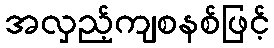
အလှည့်ကျစနစ်ဖြင့်